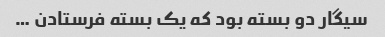
سیگار دو بسته بود که یک بسته فرستادن …